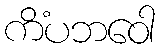
ကိံပဘဝေါ